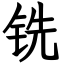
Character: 铣